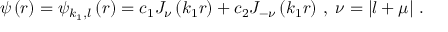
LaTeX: \psi \left( r \right) = \psi _ { k _ { 1 } , l } \left( r \right) = c _ { 1 } J _ { \nu } \left( k _ { 1 } r \right) + c _ { 2 } J _ { - \nu } \left( k _ { 1 } r \right) \, , \; \nu = \left| l + \mu \right| \, .